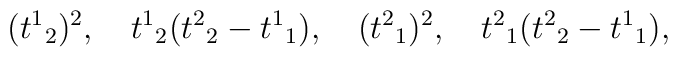
({t^1}_2)^2 ,\quad {t^1}_2 ({t^2}_2 - {t^1}_1), \quad ({t^2}_1)^2,\quad {t^2}_1({t^2}_2 - {t^1}_1),